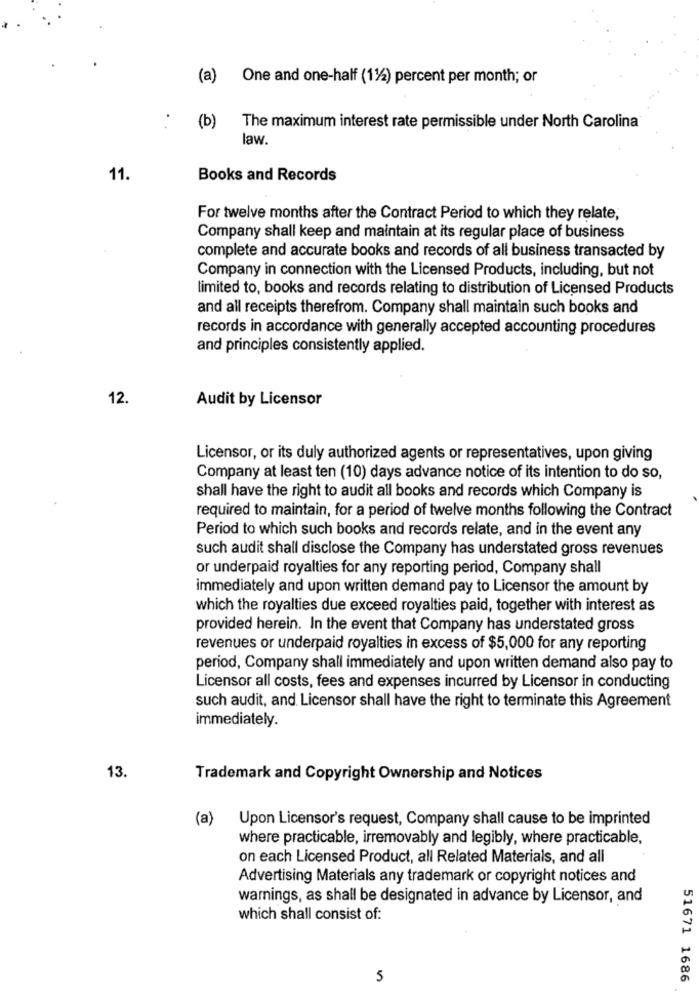
(a)
One and one-half (11/2) percent per month; or
(b)
The maximum interest rate permissible under North Carolina
law.
11.
Books and Records
For twelve months after the Contract Period to which they relate,
Company shall keep and maintain at its regular place of business
complete and accurate books and records of all business transacted by
Company in connection with the Licensed Products, including, but not
limited to, books and records relating to distribution of Licensed Products
and all receipts therefrom. Company shall maintain such books and
records in accordance with generally accepted accounting procedures
and principles consistently applied.
12.
Audit by Licensor
Licensor, or its duly authorized agents or representatives, upon giving
Company at least ten (10) days advance notice of its intention to do so,
shall have the right to audit all books and records which Company is
required to maintain, for a period of twelve months following the Contract
Period to which such books and records relate, and in the event any
such audit shall disclose the Company has understated gross revenues
or underpaid royalties for any reporting period, Company shall
immediately and upon written demand pay to Licensor the amount by
which the royalties due exceed royalties paid, together with interest as
provided herein. In the event that Company has understated gross
revenues or underpaid royalties in excess of $5,000 for any reporting
period, Company shall immediately and upon written demand also pay to
Licensor all costs, fees and expenses incurred by Licensor in conducting
such audit, and. Licensor shall have the right to terminate this Agreement
immediately.
13.
Trademark and Copyright Ownership and Notices
(a)
Upon Licensor's request, Company shall cause to be imprinted
where practicable, irremovably and legibly, where practicable,
on each Licensed Product, all Related Materials, and all
Advertising Materials any trademark or copyright notices and
warnings, as shall be designated in advance by Licensor, and
which shall consist of:
5
51671 1686